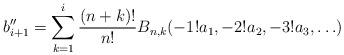
LaTeX: \begin{align*}b''_{i+1} = \sum_{k=1}^{i} \frac{(n+k)!}{n!}B_{n,k}(-1!a_1, -2!a_2, -3!a_3, \ldots)\end{align*}